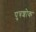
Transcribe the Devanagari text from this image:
पुत्रशोक